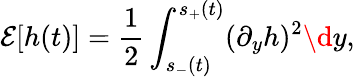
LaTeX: \mathcal E[h(t)]=\frac 12\int_{s_{-}(t)}^{s_{+}(t)}(\partial_{y}h)^{2}\d y,